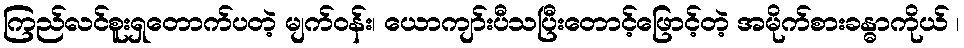
ကြည်လင်စူးရှတောက်ပတဲ့ မျက်ဝန်း၊ ယောကျာ်းပီသပြီးတောင့်ဖြောင့်တဲ့ အမိုက်စားခန္ဓာကိုယ် ၊